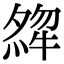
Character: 𤚶